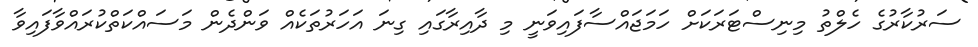
ސަރުކާރުގެ ހެލްތު މިނިސްޓަރަކަށް ހަމަޖައްސާފައިވަނީ މި ދާއިރާގައި ގިނަ އަހަރުތަކެއް ވަންދެން މަސައްކަތްކުރައްވާފައިވާ